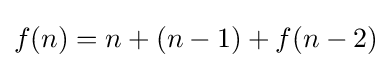
f(n)=n+(n-1)+f(n-2)